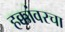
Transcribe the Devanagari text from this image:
हक्कांवरचा